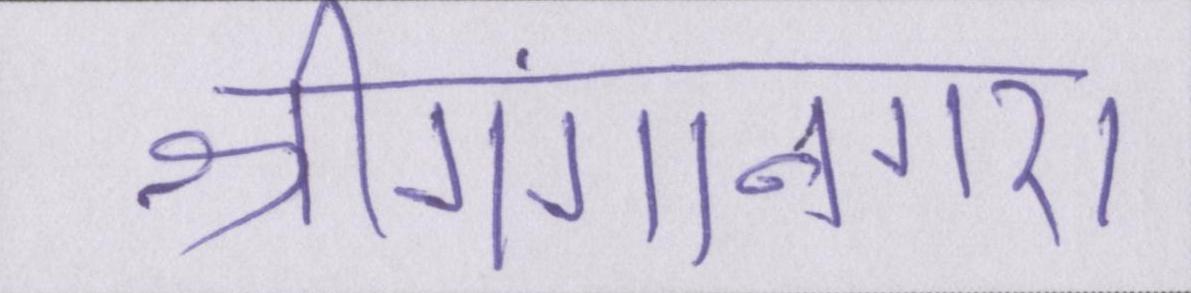
श्रीगंगानगर।